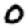
Digit: 0